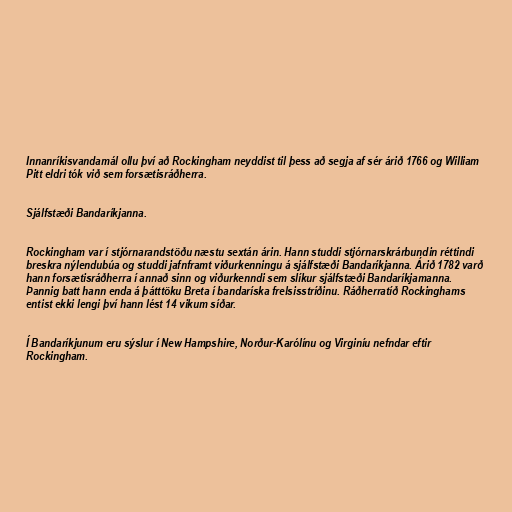
Innanríkisvandamál ollu því að Rockingham neyddist til þess að segja af sér árið 1766 og William
Pitt eldri tók við sem forsætisráðherra.

Sjálfstæði Bandaríkjanna.

Rockingham var í stjórnarandstöðu næstu sextán árin. Hann studdi stjórnarskrárbundin réttindi
breskra nýlendubúa og studdi jafnframt viðurkenningu á sjálfstæði Bandaríkjanna. Árið 1782 varð
hann forsætisráðherra í annað sinn og viðurkenndi sem slíkur sjálfstæði Bandaríkjamanna.
Þannig batt hann enda á þátttöku Breta í bandaríska frelsisstríðinu. Ráðherratíð Rockinghams
entist ekki lengi því hann lést 14 vikum síðar.

Í Bandaríkjunum eru sýslur í New Hampshire, Norður-Karólínu og Virginíu nefndar eftir
Rockingham.